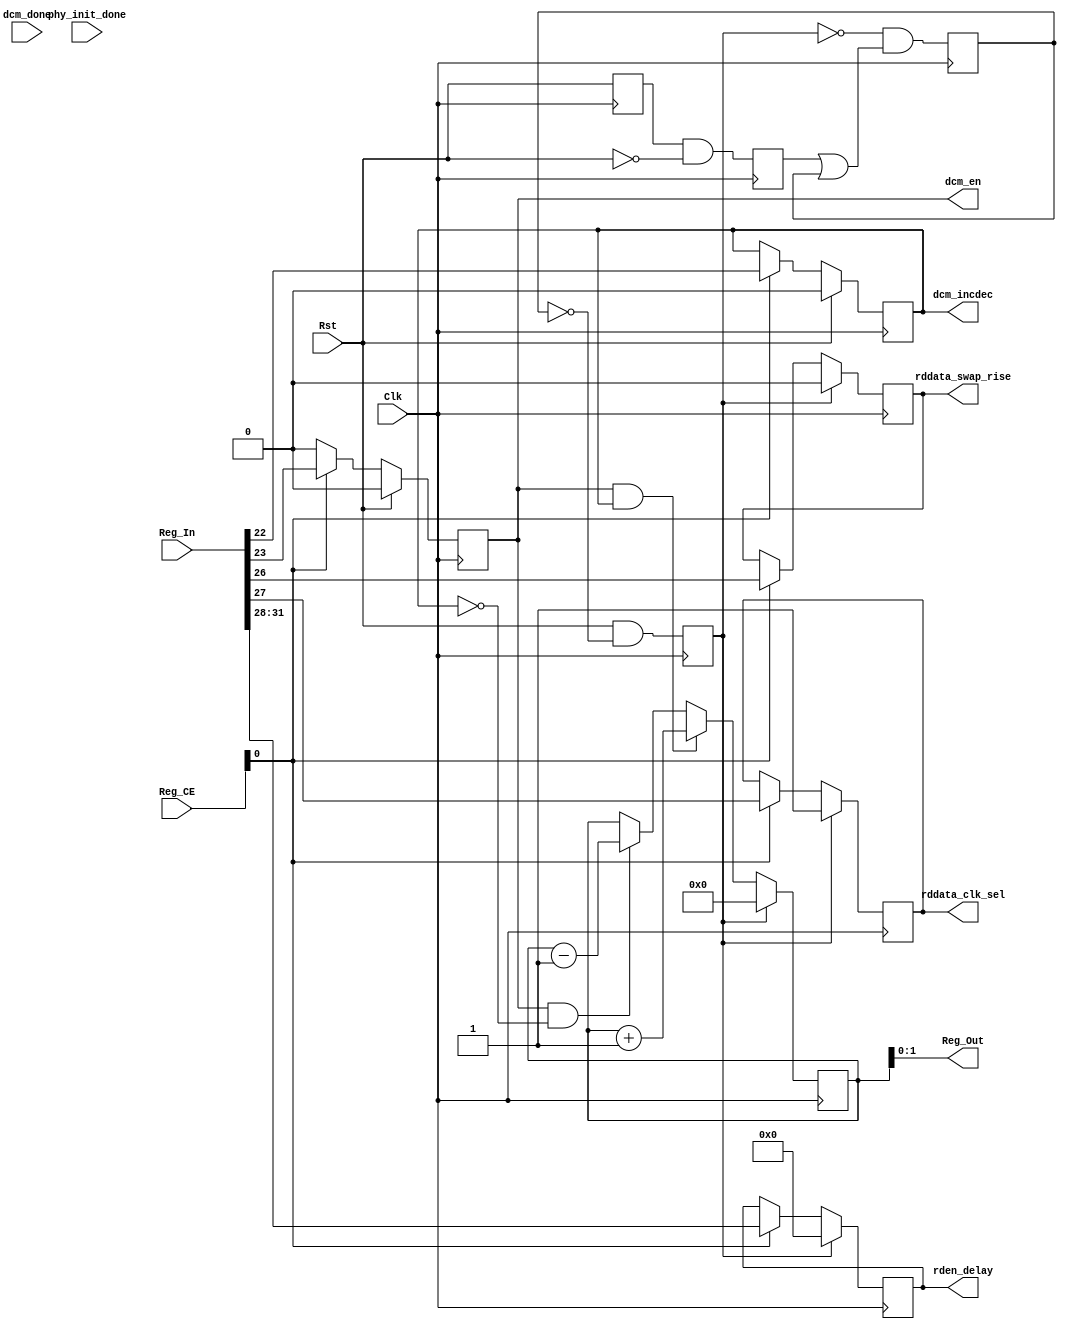
//-----------------------------------------------------------------------------
//-- (c) Copyright 2006 - 2009 Xilinx, Inc. All rights reserved.
//--
//-- This file contains confidential and proprietary information
//-- of Xilinx, Inc. and is protected under U.S. and
//-- international copyright and other intellectual property
//-- laws.
//--
//-- DISCLAIMER
//-- This disclaimer is not a license and does not grant any
//-- rights to the materials distributed herewith. Except as
//-- otherwise provided in a valid license issued to you by
//-- Xilinx, and to the maximum extent permitted by applicable
//-- law: (1) THESE MATERIALS ARE MADE AVAILABLE "AS IS" AND
//-- WITH ALL FAULTS, AND XILINX HEREBY DISCLAIMS ALL WARRANTIES
//-- AND CONDITIONS, EXPRESS, IMPLIED, OR STATUTORY, INCLUDING
//-- BUT NOT LIMITED TO WARRANTIES OF MERCHANTABILITY, NON-
//-- INFRINGEMENT, OR FITNESS FOR ANY PARTICULAR PURPOSE; and
//-- (2) Xilinx shall not be liable (whether in contract or tort,
//-- including negligence, or under any other theory of
//-- liability) for any loss or damage of any kind or nature
//-- related to, arising under or in connection with these
//-- materials, including for any direct, or any indirect,
//-- special, incidental, or consequential loss or damage
//-- (including loss of data, profits, goodwill, or any type of
//-- loss or damage suffered as a result of any action brought
//-- by a third party) even if such damage or loss was
//-- reasonably foreseeable or Xilinx had been advised of the
//-- possibility of the same.
//--
//-- CRITICAL APPLICATIONS
//-- Xilinx products are not designed or intended to be fail-
//-- safe, or for use in any application requiring fail-safe
//-- performance, such as life-support or safety devices or
//-- systems, Class III medical devices, nuclear facilities,
//-- applications related to the deployment of airbags, or any
//-- other applications that could lead to death, personal
//-- injury, or severe property or environmental damage
//-- (individually and collectively, "Critical
//-- Applications"). Customer assumes the sole risk and
//-- liability of any use of Xilinx products in Critical
//-- Applications, subject only to applicable laws and
//-- regulations governing limitations on product liability.
//--
//-- THIS COPYRIGHT NOTICE AND DISCLAIMER MUST BE RETAINED AS
//-- PART OF THIS FILE AT ALL TIMES.
//-----------------------------------------------------------------------------

`timescale 1ns/1ps

//-----------------------------------------------------------------------------
// Module name:      static_phy_control
// Description:      Status/Control registers for the Static PHY
//                   1 Control Register set by mpmc_ctrl_if module
//                        B.E     L.E.
//                   bits [0:3]   [31:28] sets rden_delay
//                   bit  [4]     [27]    sets rddata_clk_sel
//                   bit  [5]     [26]    sets rddata_swap_rise
//                   bit  [6]     [25]    is unused
//                   bit  [7]     [24]    is 0 during first reset and 1 afterwards.
//                                        It prevents control reg from being set to
//                                        default vals after initial reset. (Read Only)
//                   bit  [8]     [23]    is DCM En (Self Clearing)
//                   bit  [9]     [22]    is DCM IncDec
//                   bit  [10]    [21]    is DCM Done (Needs to be cleared by software)
//                   bit  [11]    [20]    is the Initialization Done signal (Read Only)
//                   bits [12:15] [19:16] are unused
//                   bits [16:31] [15:0]  are the dcm tap value (Read Only)
// Verilog-standard: Verilog 2001
//-----------------------------------------------------------------------------
module static_phy_control #
  (
   parameter         C_RDDATA_CLK_SEL           = 1'b1,
   parameter         C_RDEN_DELAY               = 4'b0,
   parameter         C_RDDATA_SWAP_RISE         = 1'b0,
   parameter         C_NUM_REG                  = 1'b0
   )
  (
   ////////////////////
   // Global Signals //
   ////////////////////
   input  wire                     Clk,
   input  wire                     Rst,

   //////////////////////
   // mpmc_ctrl_if I/O //
   //////////////////////
   input  wire [C_NUM_REG-1:0]     Reg_CE,
   input  wire [31:0]              Reg_In,
   output wire [C_NUM_REG*32-1:0]  Reg_Out,

   //////////////////////////////////////////////////
   // Static Phy Control Interface related signals //
   //////////////////////////////////////////////////
   input  wire                     phy_init_done,
   output reg  [3:0]               rden_delay,
   output reg                      rddata_clk_sel,
   output reg                      rddata_swap_rise,
   output reg                      dcm_en,
   output reg                      dcm_incdec,
   input  wire                     dcm_done
   );

   reg [10:0] dcm_tap_value = 0;
   reg        dcm_done_o = 0;
   reg        phy_init_done_o = 0;

   reg        rst_found = 0;
   reg        rst_found_set = 0;
   reg        rst_d1 = 0;
   reg        rst_ctrl_reg = 0;


   // Reset Logic and status
   always @(posedge Clk)
      rst_d1 <= Rst;

   always @(posedge Clk)
      rst_ctrl_reg <= Rst & ~rst_found;

   always @(posedge Clk)
      rst_found_set <= rst_d1 & ~Rst;

   always @(posedge Clk)
     rst_found <= ~rst_ctrl_reg & (rst_found_set | rst_found);

   // rden_delay register
   always @(posedge Clk)
      if (rst_ctrl_reg)
         rden_delay <= C_RDEN_DELAY;
      else if (Reg_CE[0])
         rden_delay <= Reg_In[31:28];

   // rddata_clk_sel register
   always @(posedge Clk)
      if (rst_ctrl_reg)
         rddata_clk_sel <= C_RDDATA_CLK_SEL;
      else if (Reg_CE[0])
         rddata_clk_sel <= Reg_In[27];

   // rddata_clk_sel register
   always @(posedge Clk)
      if (rst_ctrl_reg)
         rddata_swap_rise <= C_RDDATA_SWAP_RISE;
      else if (Reg_CE[0])
         rddata_swap_rise <= Reg_In[26];

   // DCM En Register
   always @(posedge Clk)
      if (Rst)
         dcm_en <= 1'b0;
      else if (Reg_CE[0])
         dcm_en <= Reg_In[23];
      else
         dcm_en <= 1'b0;

   // DCM Inc Dec Register
   always @(posedge Clk)
      if (Rst)
         dcm_incdec <= 1'b0;
      else if (Reg_CE[0])
         dcm_incdec <= Reg_In[22];

   // DCM Done register
   always @(posedge Clk)
      if (Rst)
         dcm_done_o <= 1'b0;
      else if (dcm_done)
         dcm_done_o <= 1'b1;
      else if (Reg_CE[0])
         dcm_done_o <= Reg_In[21];

   // Phy Init Done Status Reg
   always @(posedge Clk)
      phy_init_done_o <= phy_init_done;

   // Calcualte DCM tap value
   always @(posedge Clk) begin
      if (rst_ctrl_reg) begin
         dcm_tap_value <= 11'h000;
      end else if (dcm_en & dcm_incdec) begin
         dcm_tap_value <= dcm_tap_value + 1'b1;
      end else if (dcm_en & ~dcm_incdec) begin
         dcm_tap_value <= dcm_tap_value - 1'b1;
      end
    end

   wire [15:0] dcm_tap_value_extended = {{6{dcm_tap_value[10]}}, dcm_tap_value[9:0]};

   assign Reg_Out = {rden_delay, rddata_clk_sel, rddata_swap_rise ,1'b0,
                     rst_found,dcm_en,dcm_incdec,dcm_done_o,phy_init_done_o,
                     4'b0,dcm_tap_value_extended};

endmodule // static_phy_control